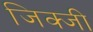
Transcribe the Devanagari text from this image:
जिक्जी